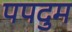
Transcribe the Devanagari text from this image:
पपदुम